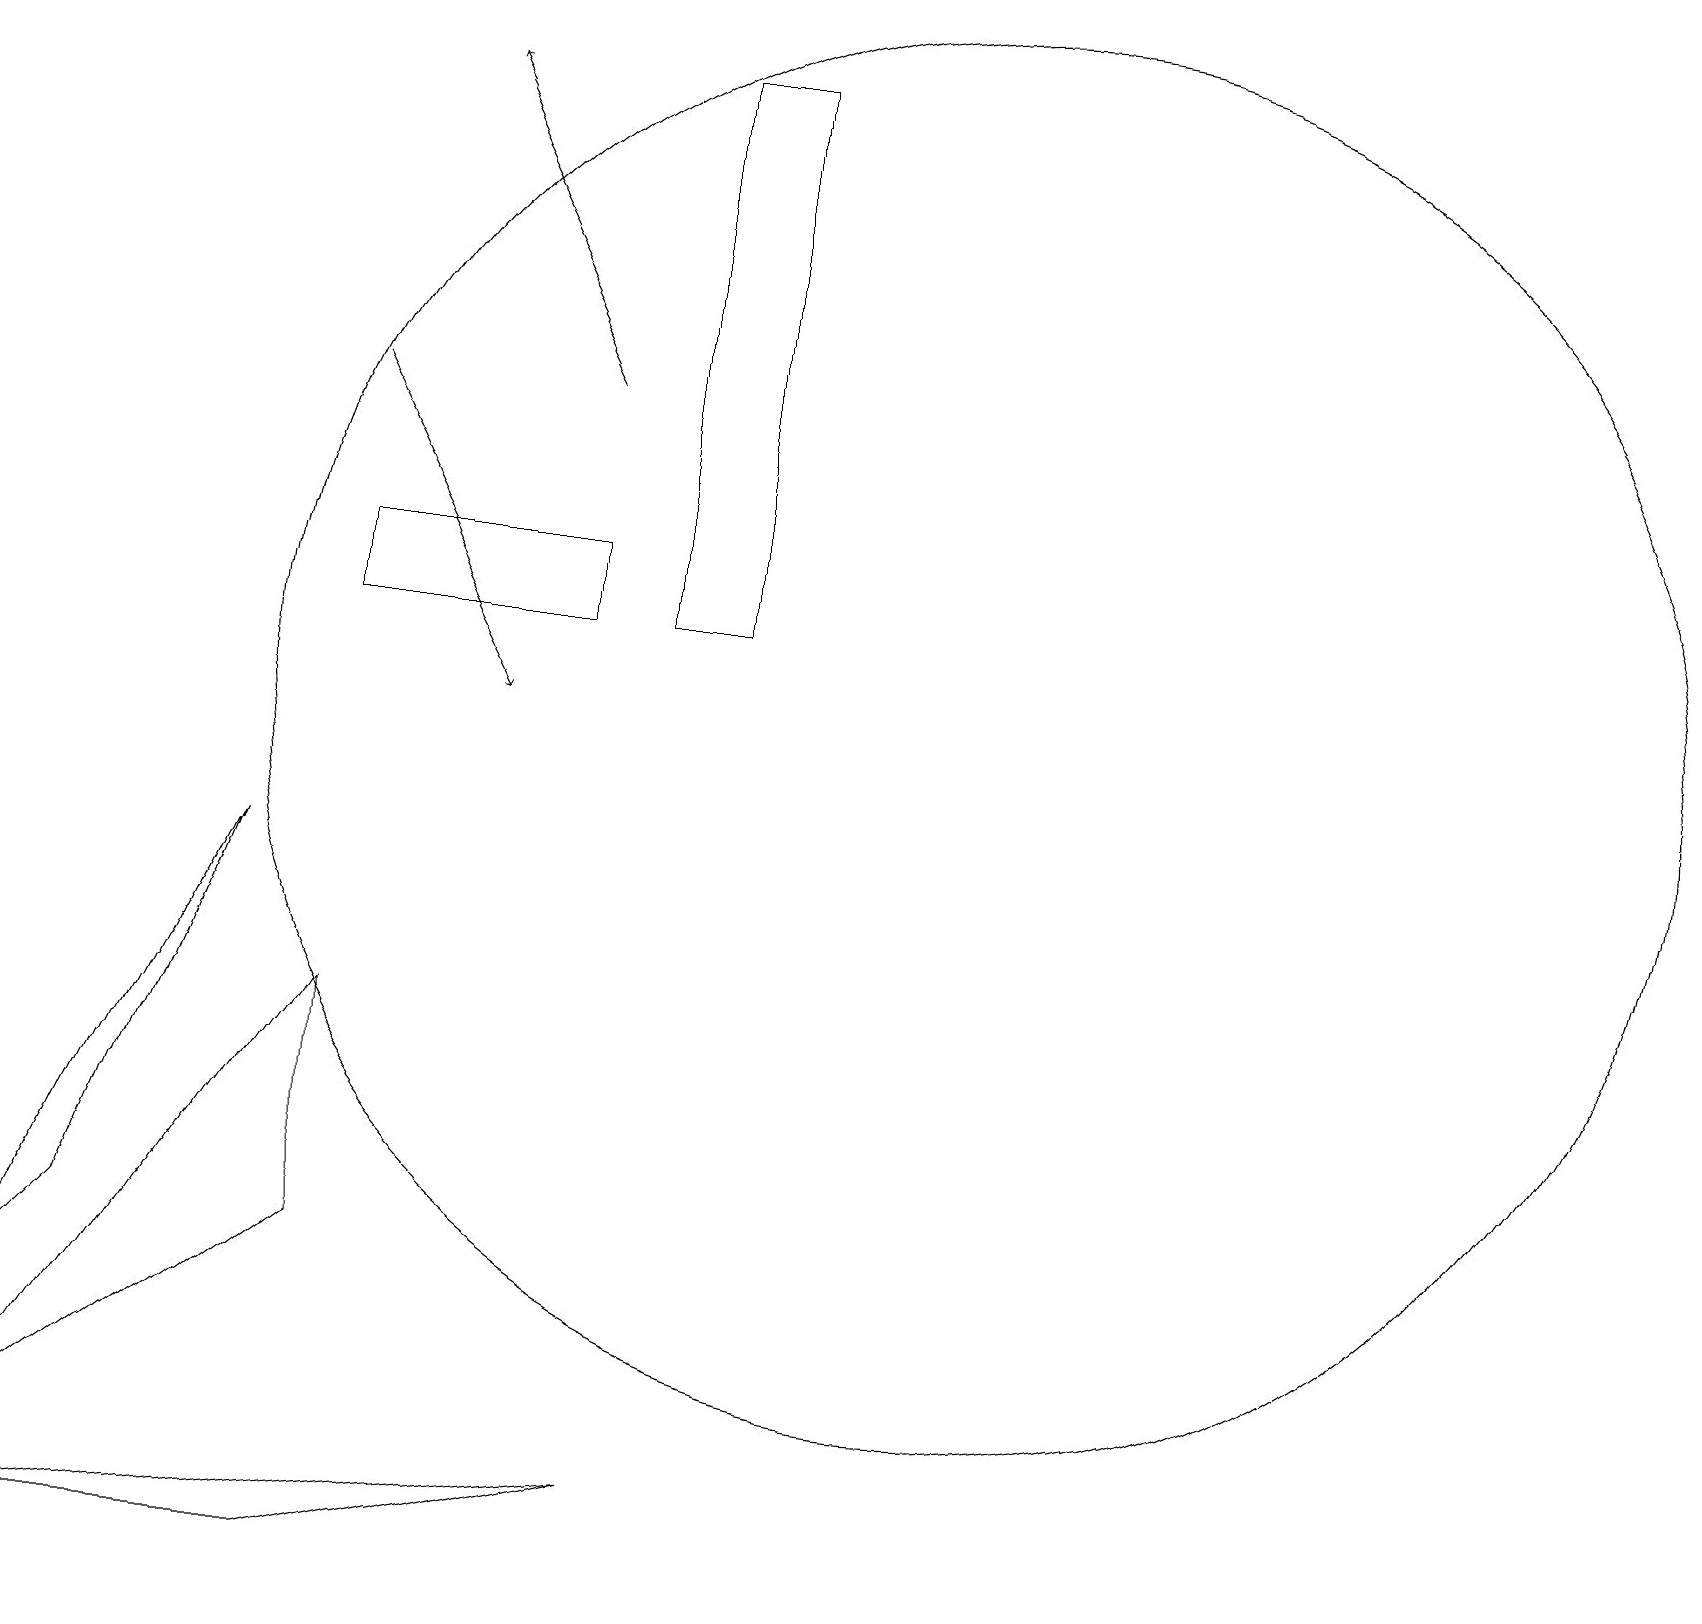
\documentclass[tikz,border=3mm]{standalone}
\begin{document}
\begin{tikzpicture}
\draw[->] (7,15) -- (5,19);
\draw (0,1) -- (4,4) -- (4,7) -- cycle;
\draw (1,4) -- (3,9) -- (0,3) -- cycle;
\draw (9,12) rectangle (8,19);
\draw[->] (4,15) -- (6,11);
\draw (8,1) -- (4,0) -- (0,0) -- cycle;
\draw (7,13) rectangle (4,12);
\draw (12,11) circle (9);
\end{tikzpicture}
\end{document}